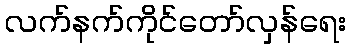
လက်နက်ကိုင်တော်လှန်ရေး